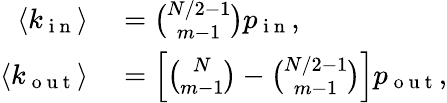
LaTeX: \begin{array}{rl}{\langle k_{\mathrm{~i~n~}}\rangle}&{{}=\binom{N/2-1}{m-1}p_{\mathrm{~i~n~}},}\\ {\langle k_{\mathrm{~o~u~t~}}\rangle}&{{}=\left[\binom{N}{m-1}-\binom{N/2-1}{m-1}\right]p_{\mathrm{~o~u~t~}},}\end{array}